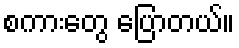
စကားတွေ ပြောတယ်။